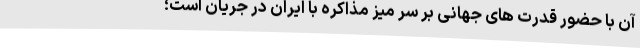
آن با حضور قدرت های جهانی بر سر میز مذاکره با ایران در جریان است؛